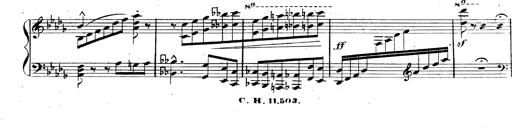
Title: 3 Caprices-Valses
Composer: Franz Liszt